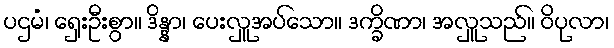
ပဌမံ၊ ရှေးဦးစွာ။ ဒိန္နာ၊ ပေးလှူအပ်သော။ ဒက္ခိဏာ၊ အလှူသည်။ ဝိပုလာ၊